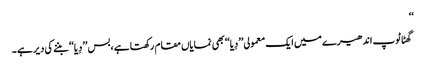
‘‘
گھٹاٹوپ اندھیرے میں ایک معمولی’’ دِیا‘‘بھی نمایاں مقام رکھتا ہے ،بس ’’دِیا‘‘ بننے کی دیر ہے ۔